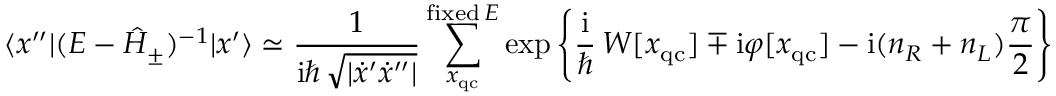
\langle x ^ { \prime \prime } | ( E - \hat { H } _ { \pm } ) ^ { - 1 } | x ^ { \prime } \rangle \simeq \frac { 1 } { \mathrm { i } \hbar \, \sqrt { | \dot { x } ^ { \prime } \dot { x } ^ { \prime \prime } | } } \sum _ { x _ { \mathrm { q c } } } ^ { \mathrm { f i x e d } \, E } \exp \left\{ \frac { \mathrm { i } } { \hbar } \, W [ x _ { \mathrm { q c } } ] \mp \mathrm { i } \varphi [ x _ { \mathrm { q c } } ] - \mathrm { i } ( n _ { R } + n _ { L } ) \frac { \pi } { 2 } \right\}